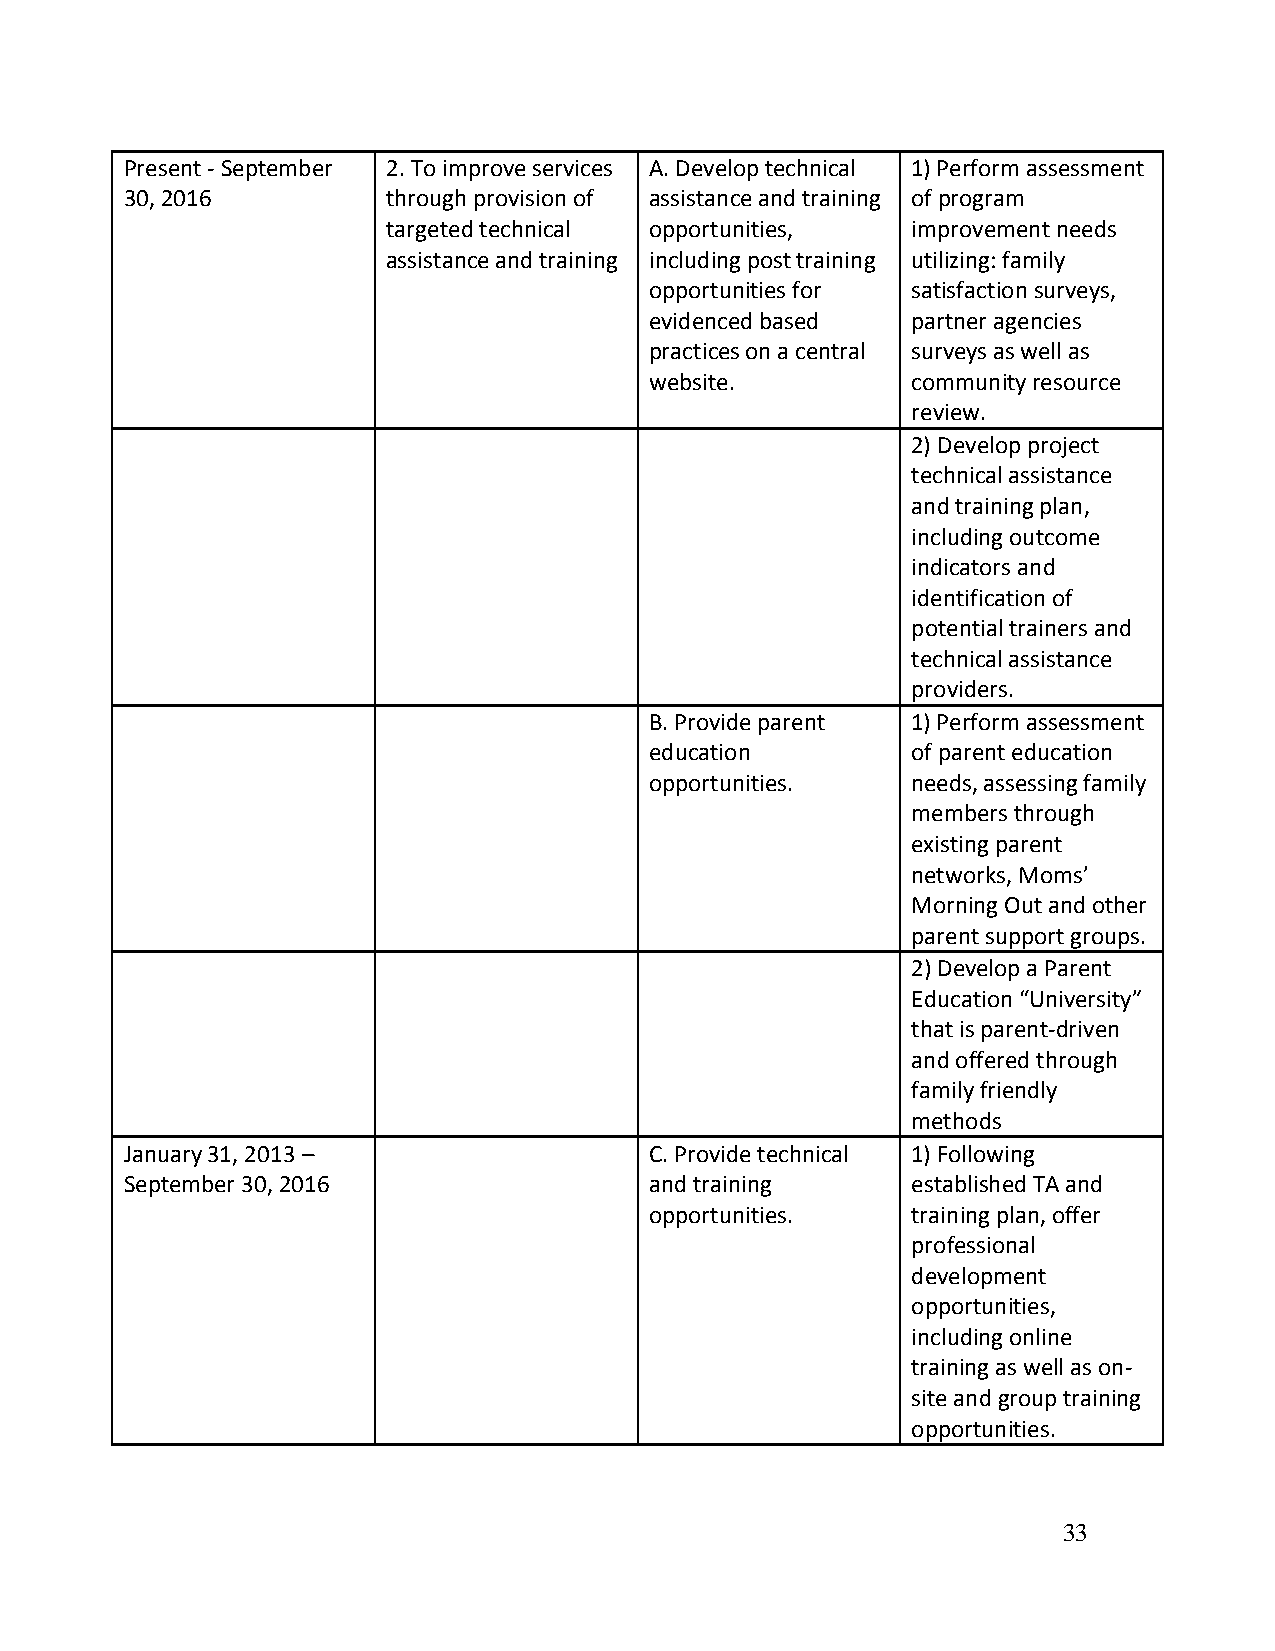
Present - September 2. To improve services A. Develop technical 1) Perform assessment
 30, 2016          through provision of assistance and training of program
 targeted technical opportunities, improvement needs
 assistance and training including post training utilizing: family
 opportunities for satisfaction surveys,
 evidenced based  partner agencies
 practices on a central surveys as well as
 website.         community resource
 review.
 2) Develop project
 technical assistance
 and training plan,
 including outcome
 indicators and
 identification of
 potential trainers and
 technical assistance
 providers.
 B. Provide parent 1) Perform assessment
 education        of parent education
 opportunities.   needs, assessing family
 members through
 existing parent
 networks, Moms’
 Morning Out and other
 parent support groups.
 2) Develop a Parent
 Education “University”
 that is parent-driven
 and offered through
 family friendly
 methods
 January 31, 2013 –                 C. Provide technical 1) Following
 September 30, 2016                 and training     established TA and
 opportunities.   training plan, offer
 professional
 development
 opportunities,
 including online
 training as well as on-
 site and group training
 opportunities.
 33